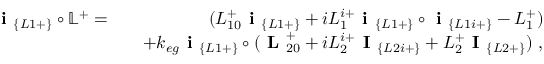
\begin{array} { r l r } { \textbf { i } _ { \{ L 1 + \} } \circ \mathbb { L } ^ { + } = } & { } & { ( L _ { 1 0 } ^ { + } \textbf { i } _ { \{ L 1 + \} } + i L _ { 1 } ^ { i + } \textbf { i } _ { \{ L 1 + \} } \circ \textbf { i } _ { \{ L 1 i + \} } - L _ { 1 } ^ { + } ) } \\ & { } & { + k _ { e g } \textbf { i } _ { \{ L 1 + \} } \circ ( \textbf { L } _ { 2 0 } ^ { + } + i L _ { 2 } ^ { i + } \textbf { I } _ { \{ L 2 i + \} } + L _ { 2 } ^ { + } \textbf { I } _ { \{ L 2 + \} } ) ~ , } \end{array}